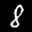
Label: 8